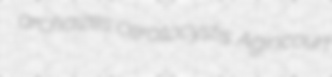
archaizes ceratocystis Agincourt